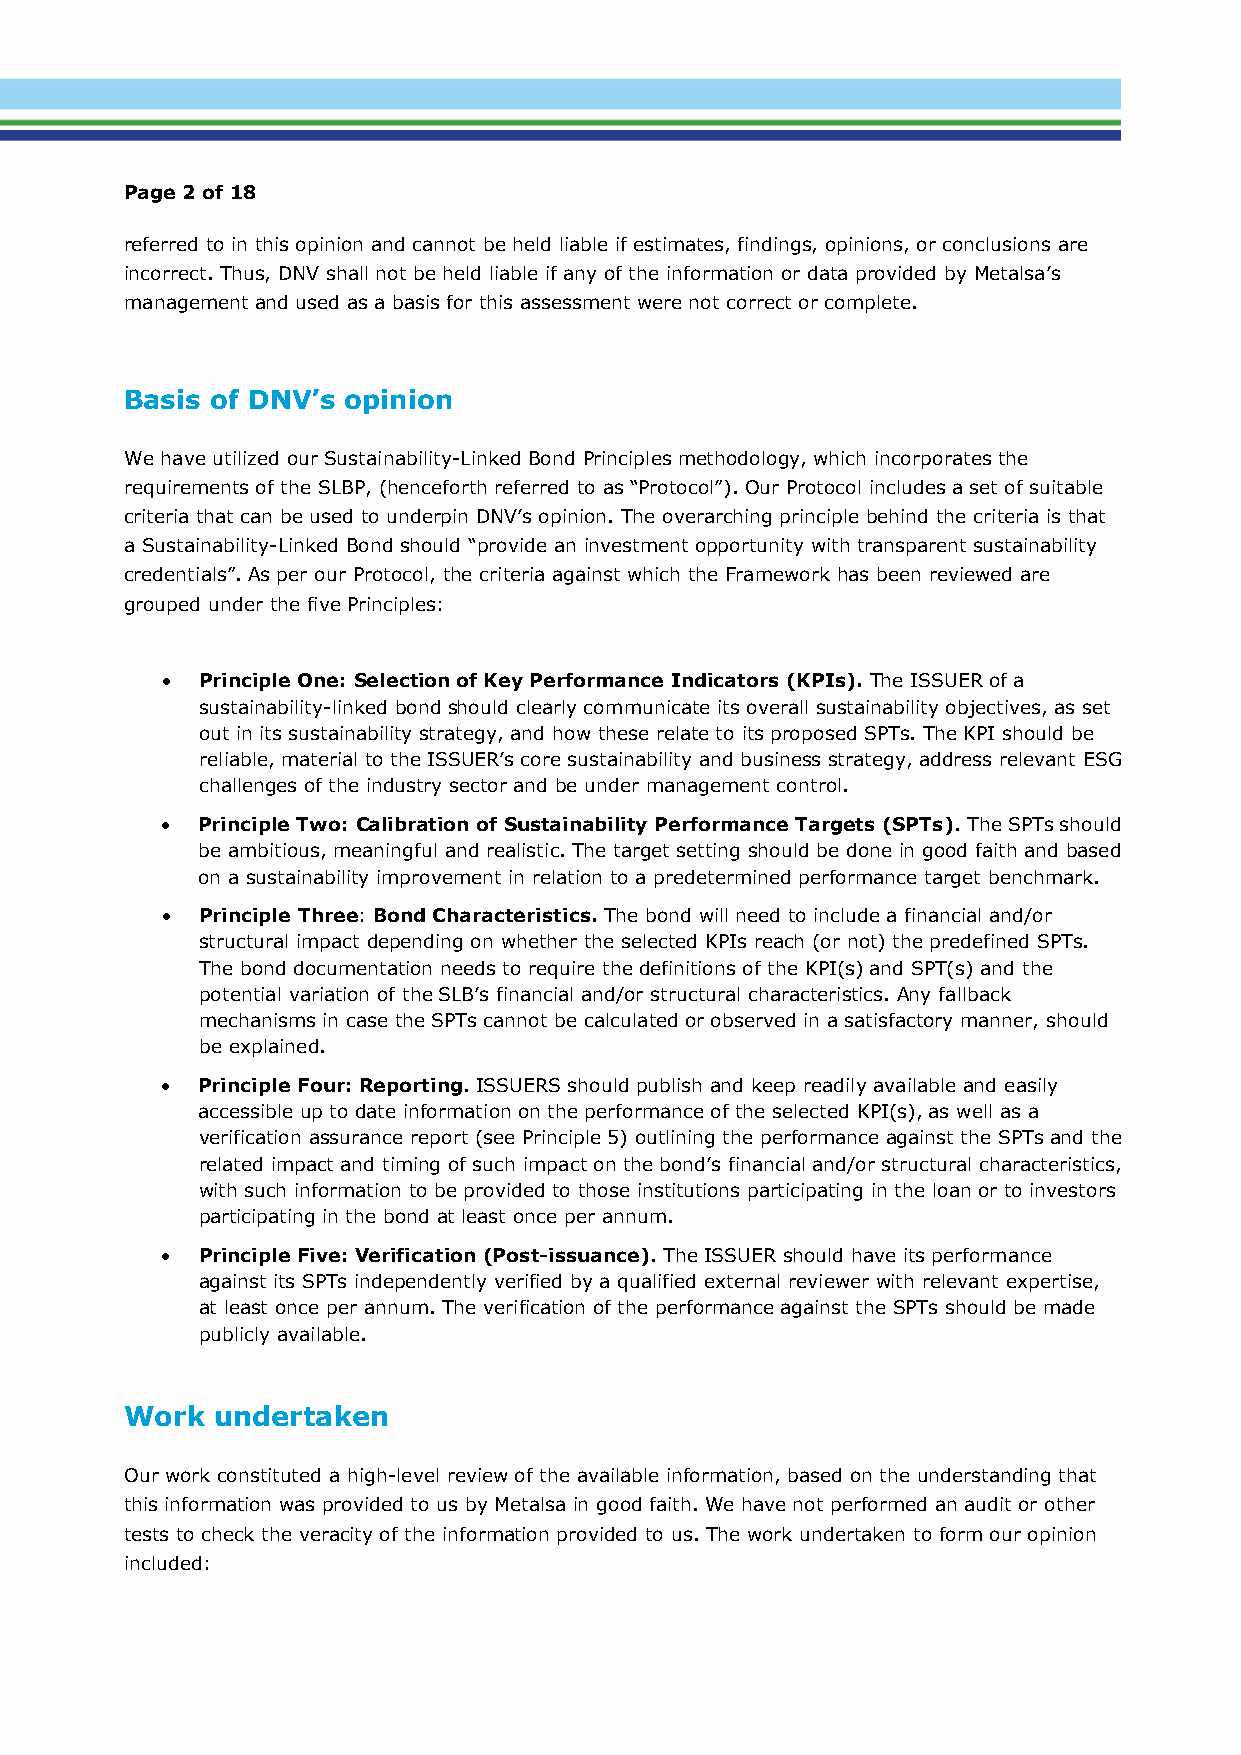
Page 2 of 18
 referred to in this opinion and cannot be held liable if estimates, findings, opinions, or conclusions are
 incorrect. Thus, DNV shall not be held liable if any of the information or data provided by Metalsa’s
 management and used as a basis for this assessment were not correct or complete.
 Basis of DNV’s opinion
 We have utilized our Sustainability-Linked Bond Principles methodology, which incorporates the
 requirements of the SLBP, (henceforth referred to as “Protocol”). Our Protocol includes a set of suitable
 criteria that can be used to underpin DNV’s opinion. The overarching principle behind the criteria is that
 a Sustainability-Linked Bond should “provide an investment opportunity with transparent sustainability
 credentials”. As per our Protocol, the criteria against which the Framework has been reviewed are
 grouped under the five Principles:
 • Principle One: Selection of Key Performance Indicators (KPIs). The ISSUER of a
 sustainability-linked bond should clearly communicate its overall sustainability objectives, as set
 out in its sustainability strategy, and how these relate to its proposed SPTs. The KPI should be
 reliable, material to the ISSUER’s core sustainability and business strategy, address relevant ESG
 challenges of the industry sector and be under management control.
 • Principle Two: Calibration of Sustainability Performance Targets (SPTs). The SPTs should
 be ambitious, meaningful and realistic. The target setting should be done in good faith and based
 on a sustainability improvement in relation to a predetermined performance target benchmark.
 • Principle Three: Bond Characteristics. The bond will need to include a financial and/or
 structural impact depending on whether the selected KPIs reach (or not) the predefined SPTs.
 The bond documentation needs to require the definitions of the KPI(s) and SPT(s) and the
 potential variation of the SLB’s financial and/or structural characteristics. Any fallback
 mechanisms in case the SPTs cannot be calculated or observed in a satisfactory manner, should
 be explained.
 • Principle Four: Reporting. ISSUERS should publish and keep readily available and easily
 accessible up to date information on the performance of the selected KPI(s), as well as a
 verification assurance report (see Principle 5) outlining the performance against the SPTs and the
 related impact and timing of such impact on the bond’s financial and/or structural characteristics,
 with such information to be provided to those institutions participating in the loan or to investors
 participating in the bond at least once per annum.
 • Principle Five: Verification (Post-issuance). The ISSUER should have its performance
 against its SPTs independently verified by a qualified external reviewer with relevant expertise,
 at least once per annum. The verification of the performance against the SPTs should be made
 publicly available.
 Work  undertaken
 Our work constituted a high-level review of the available information, based on the understanding that
 this information was provided to us by Metalsa in good faith. We have not performed an audit or other
 tests to check the veracity of the information provided to us. The work undertaken to form our opinion
 included: